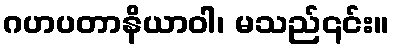
ဂဟပတာနိယာဝါ၊ မသည်၎င်း။